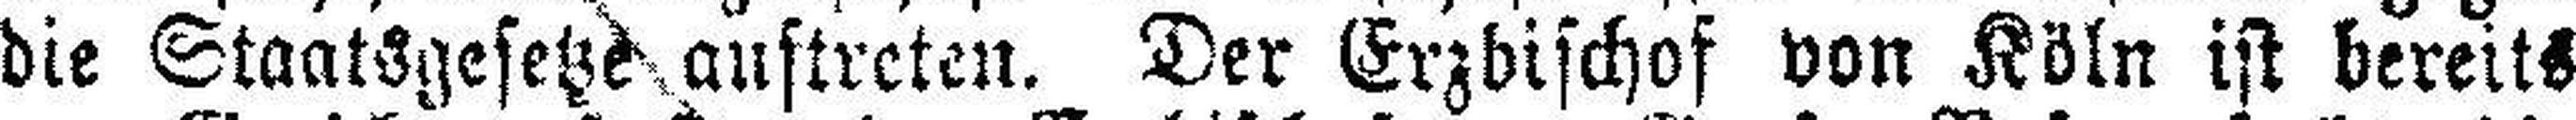
die Staatsgesetze auftreten. Der Erzbischof von Köln ist bereits